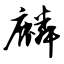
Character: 麟